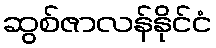
ဆွစ်ဇာလန်နိုင်ငံ